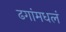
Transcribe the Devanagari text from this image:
ढगांमधलं